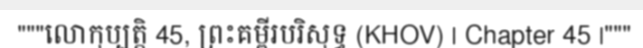
"""លោកុប្បត្តិ 45, ព្រះគម្ពីរបរិសុទ្ធ (KHOV) | Chapter 45 |"""